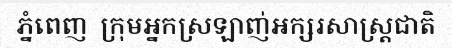
ភ្នំពេញ  ក្រុមអ្នកស្រឡាញ់អក្សរសាស្ត្រជាតិ